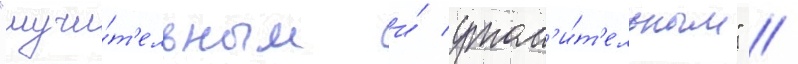
"мучи́т'ельным и́ утом'и́т'ельным" //